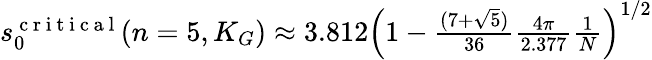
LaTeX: \begin{array}{r}{s_{0}^{\mathrm{~c~r~i~t~i~c~a~l~}}(n=5,K_{G})\approx 3.812\left(1-\frac{(7+\sqrt{5})}{36}\frac{4\pi}{2.377}\frac{1}{N}\right)^{1/2}}\end{array}